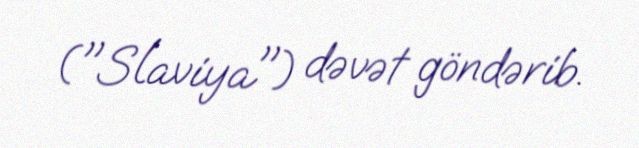
("Slaviya") dəvət göndərib.